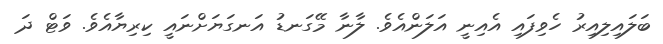
ބަލައިލިއިރު ހެވިފައި އެއިނީ އަލަންއެވެ. ލާނާ މޭގަނޑު އަނގަޔަށްނައީ ކިރިޔާއެވެ. ވަޓް ދަ